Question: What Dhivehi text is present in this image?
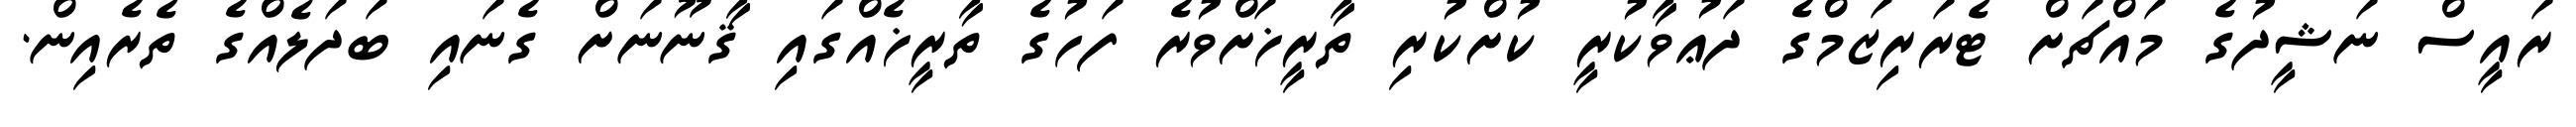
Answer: ރައީސް ނަޝީދުގެ މައްޗަށް ޓެރަރިޒަމްގެ ދަޢުވާކުރީ ކުށްކުރި ތާރީޚަށްވުރެ ފަހުގެ ތާރީޚެއްގައި ޤާނޫނަށް ގެނައި ބަދަލެއްގެ ތެރެއިން.